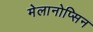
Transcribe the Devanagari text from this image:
मेलानोप्सिन